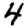
Digit: 4